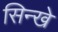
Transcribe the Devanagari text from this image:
सिन्खे